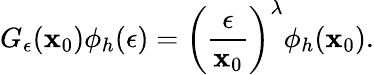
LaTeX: G_{\epsilon}(\mathbf{x}_{0})\phi_{h}(\epsilon)=\left({\frac{{\epsilon}}{{\mathbf{x}_{0}}}}\right)^{\lambda}\phi_{h}(\mathbf{x}_{0}).